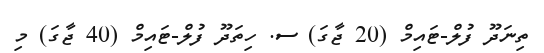
ތިނަދޫ ފުލް-ޓައިމް (20 ޖާގަ) ސ. ހިތަދޫ ފުލް-ޓައިމް (40 ޖާގަ) މި